Civil Veterinary Department Bihar reports 1940-50 - 1940-1950
Year: 1940
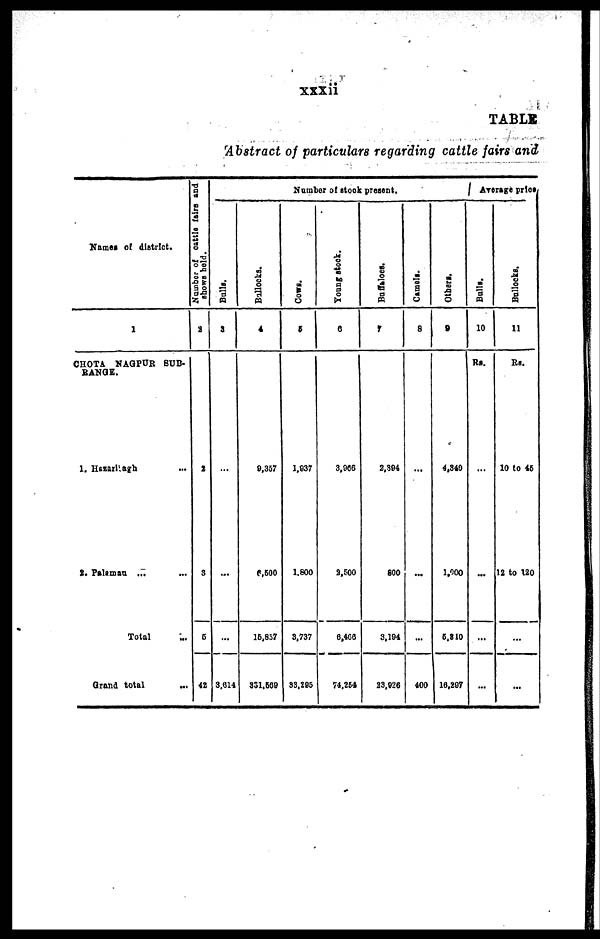
xxxii
TABLE
Abstract of particulars regarding cattle fairs and
Names of district.
1
CHOTA NAGPUR SUB-
RANGE.
1. Hazarlibagh ...
2. Palamau ... ...
Total ...
Grand total
...
Number of Cattle fairs and
shows held.
2
2
3
5
42
Number of stock present.
Bulls.
3
...
...
...
3,614
Bullocks.
4
9,367
6,500
15,837
331,669
Cows.
5
1,937
1.800
8,737
33,295
Young stock.
6
3,066
2,500
6,466
74,254
Buffaloes.
7
2,394
800
3,194
23,926
Camels.
8
...
...
...
400
Others.
9
4,840
1,000
5.810
16,297
Average price
Balls.
10
Rs.
...
...
...
...
Bullocks.
11
Rs.
10 to 46
12 to 120
...
...